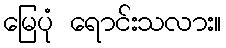
မြေပုံ ရောင်းသလား။